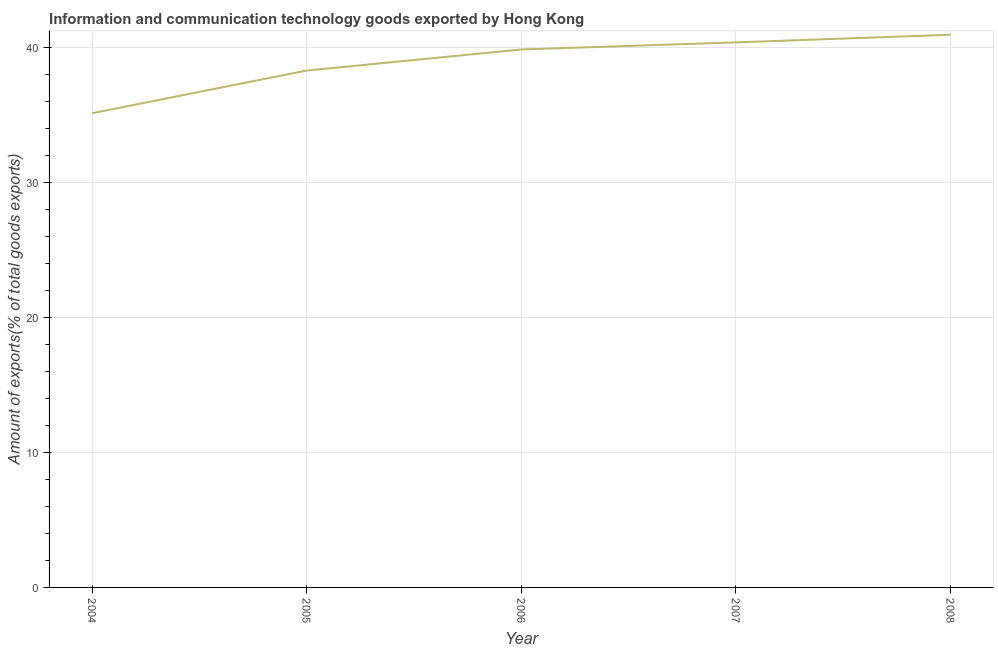
| Year | ICT goods exports |
 | --- | --- |
 | 2004 | 35.1 |
 | 2005 | 38.3 |
 | 2006 | 39.9 |
 | 2007 | 40.4 |
 | 2008 | 40.9 |